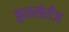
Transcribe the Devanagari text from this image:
बुधाखेरीज